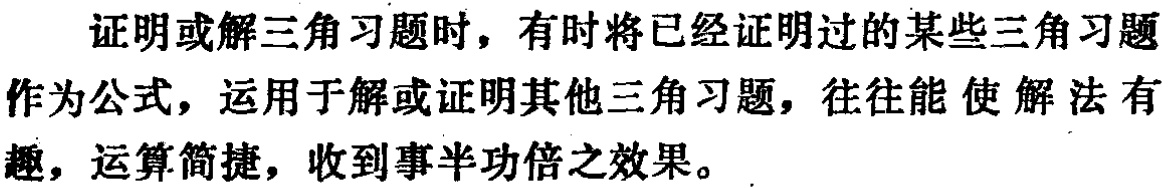
证明或解三角习题时，有时将已经证明过的某些三角习题作为公式，运用于解或证明其他三角习题，往往能使解法有趣，运算简捷，收到事半功倍之效果。